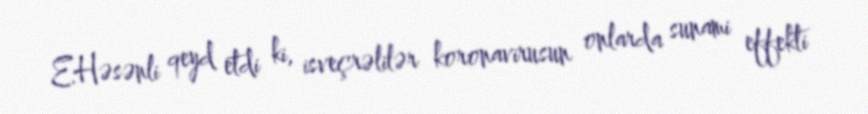
E.Həsənli qeyd etdi ki, isveçrəlilər koronavirusun onlarda sunami effekti